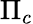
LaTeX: \Pi_{c}